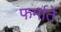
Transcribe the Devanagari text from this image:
फर्मातें